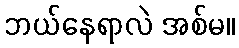
ဘယ်နေရာလဲ အစ်မ။